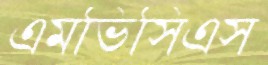
এমভিসিএস